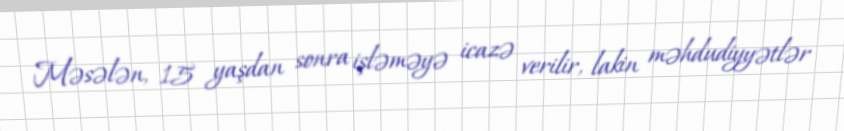
Məsələn, 15 yaşdan sonra işləməyə icazə verilir, lakin məhdudiyyətlər